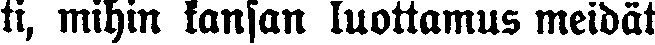
ti, mihin kansan luottamus meidät